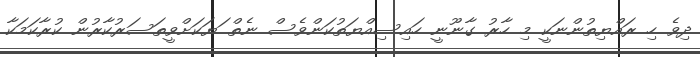
ދިވެ ހި ރައްޔިތުންނަކީ މި ހާރު ގާނޫނީ ހައިސިއްޔަތުކަންވެސް ނެތް ަޔަކަށްވީތަސަރުކާރުން ކުރާކަމަކާ